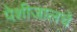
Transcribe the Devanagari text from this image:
पेशीजालचे